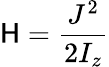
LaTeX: \mathsf{H}=\frac{{J^{2}}}{{2I_{z}}}